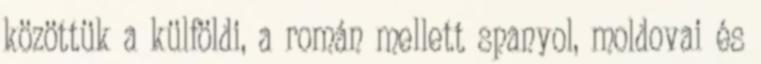
közöttük a külföldi, a román mellett spanyol, moldovai és